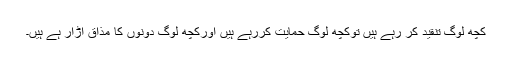
کچھ لوگ تنقید کر رہے ہیں توکچھ لوگ حمایت کررہے ہیں اورکچھ لوگ دونوں کا مذاق اڑار ہے ہیں۔